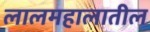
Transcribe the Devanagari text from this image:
लालमहालातील